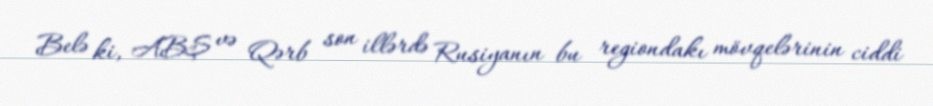
Belə ki, ABŞ və Qərb son illərdə Rusiyanın bu regiondakı mövqelərinin ciddi